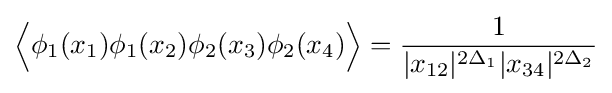
{\Big \langle }\phi _{1}(x_{1})\phi _{1}(x_{2})\phi _{2}(x_{3})\phi _{2}(x_{4}){\Big \rangle }={\frac {1}{|x_{12}|^{2\Delta _{1}}|x_{34}|^{2\Delta _{2}}}}